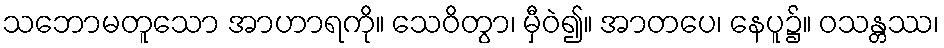
သဘောမတူသော အာဟာရကို။ သေဝိတွာ၊ မှီဝဲ၍။ အာတပေ၊ နေပူ၌။ ဝသန္တဿ၊